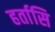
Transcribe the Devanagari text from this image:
हर्तासि